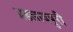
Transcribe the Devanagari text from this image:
प्रहलादपुरी